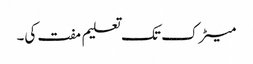
میٹرک تک تعلیم مفت کی۔